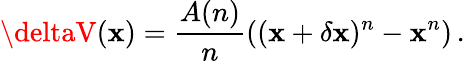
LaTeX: \deltaV(\mathbf{x})=\frac{{A(n)}}{{n}}\left((\mathbf{x}+\delta\mathbf{x})^{n}-\mathbf{x}^{n}\right)\, .